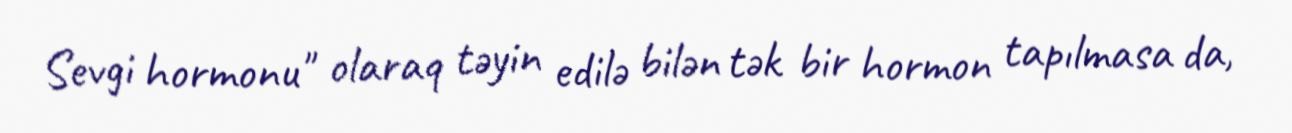
Sevgi hormonu" olaraq təyin edilə bilən tək bir hormon tapılmasa da,